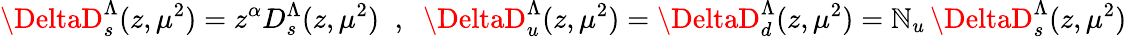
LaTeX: \DeltaD_{s}^{\Lambda}(z,\mu^{2})=z^{\alpha}D_{s}^{\Lambda}(z,\mu^{2})\; \; ,\; \; \DeltaD_{u}^{\Lambda}(z,\mu^{2})=\DeltaD_{d}^{\Lambda}(z,\mu^{2})=\mathbb{N}_{u}\, \DeltaD_{s}^{\Lambda}(z,\mu^{2})